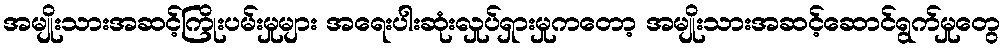
အမျိုးသားအဆင့်ကြိုးပမ်းမှုများ အရေးပါးဆုံးလှုပ်ရှားမှုကတော့ အမျိုးသားအဆင့်ဆောင်ရွက်မှုတွေ